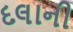
દલાની